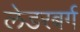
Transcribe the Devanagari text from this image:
लेडरबर्ग